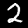
Label: 2